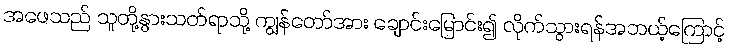
အဖေသည် သူတို့နွားသတ်ရာသို့ ကျွန်တော်အား ချောင်းမြောင်း၍ လိုက်သွားရန်အဘယ့်ကြောင့်